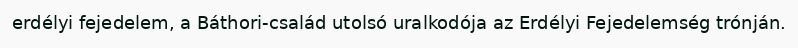
erdélyi fejedelem, a Báthori-család utolsó uralkodója az Erdélyi Fejedelemség trónján.